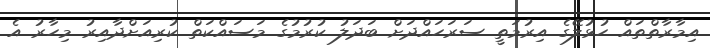
އިމާރާތްތައް ހުޅުލޭގެ އިރުމަތީ ސަރަހައްދަށް ބަދަލު ކުރުމުގެ މަސައްކަތް ކުރިއަށްދާއިރު މިހާރު އެ